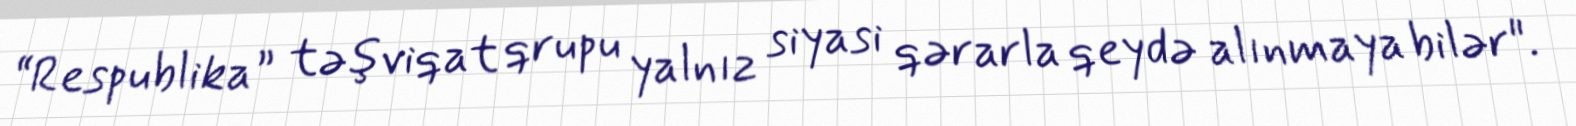
“Respublika” təşviqat qrupu yalnız siyasi qərarla qeydə alınmaya bilər".